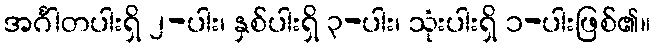
အင်္ဂါတပါးရှိ ၂-ပါး၊ နှစ်ပါးရှိ ၃-ပါး၊ သုံးပါးရှိ ၁-ပါးဖြစ်၏။